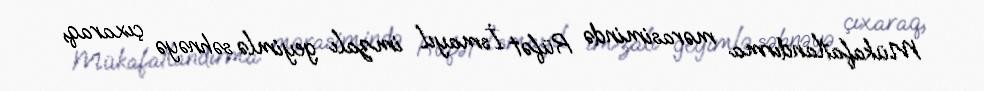
Mükafatlandırma mərasimində Rüfət İsmayıl imzalı geyimlə səhnəyə çıxaraq,